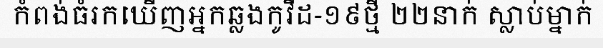
កំពង់ធំរកឃើញអ្នកឆ្លងកូវីដ-១៩ថ្មី ២២នាក់ ស្លាប់ម្នាក់